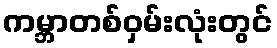
ကမ္ဘာတစ်ဝှမ်းလုံးတွင်